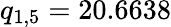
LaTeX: q_{1,5}=20.6638